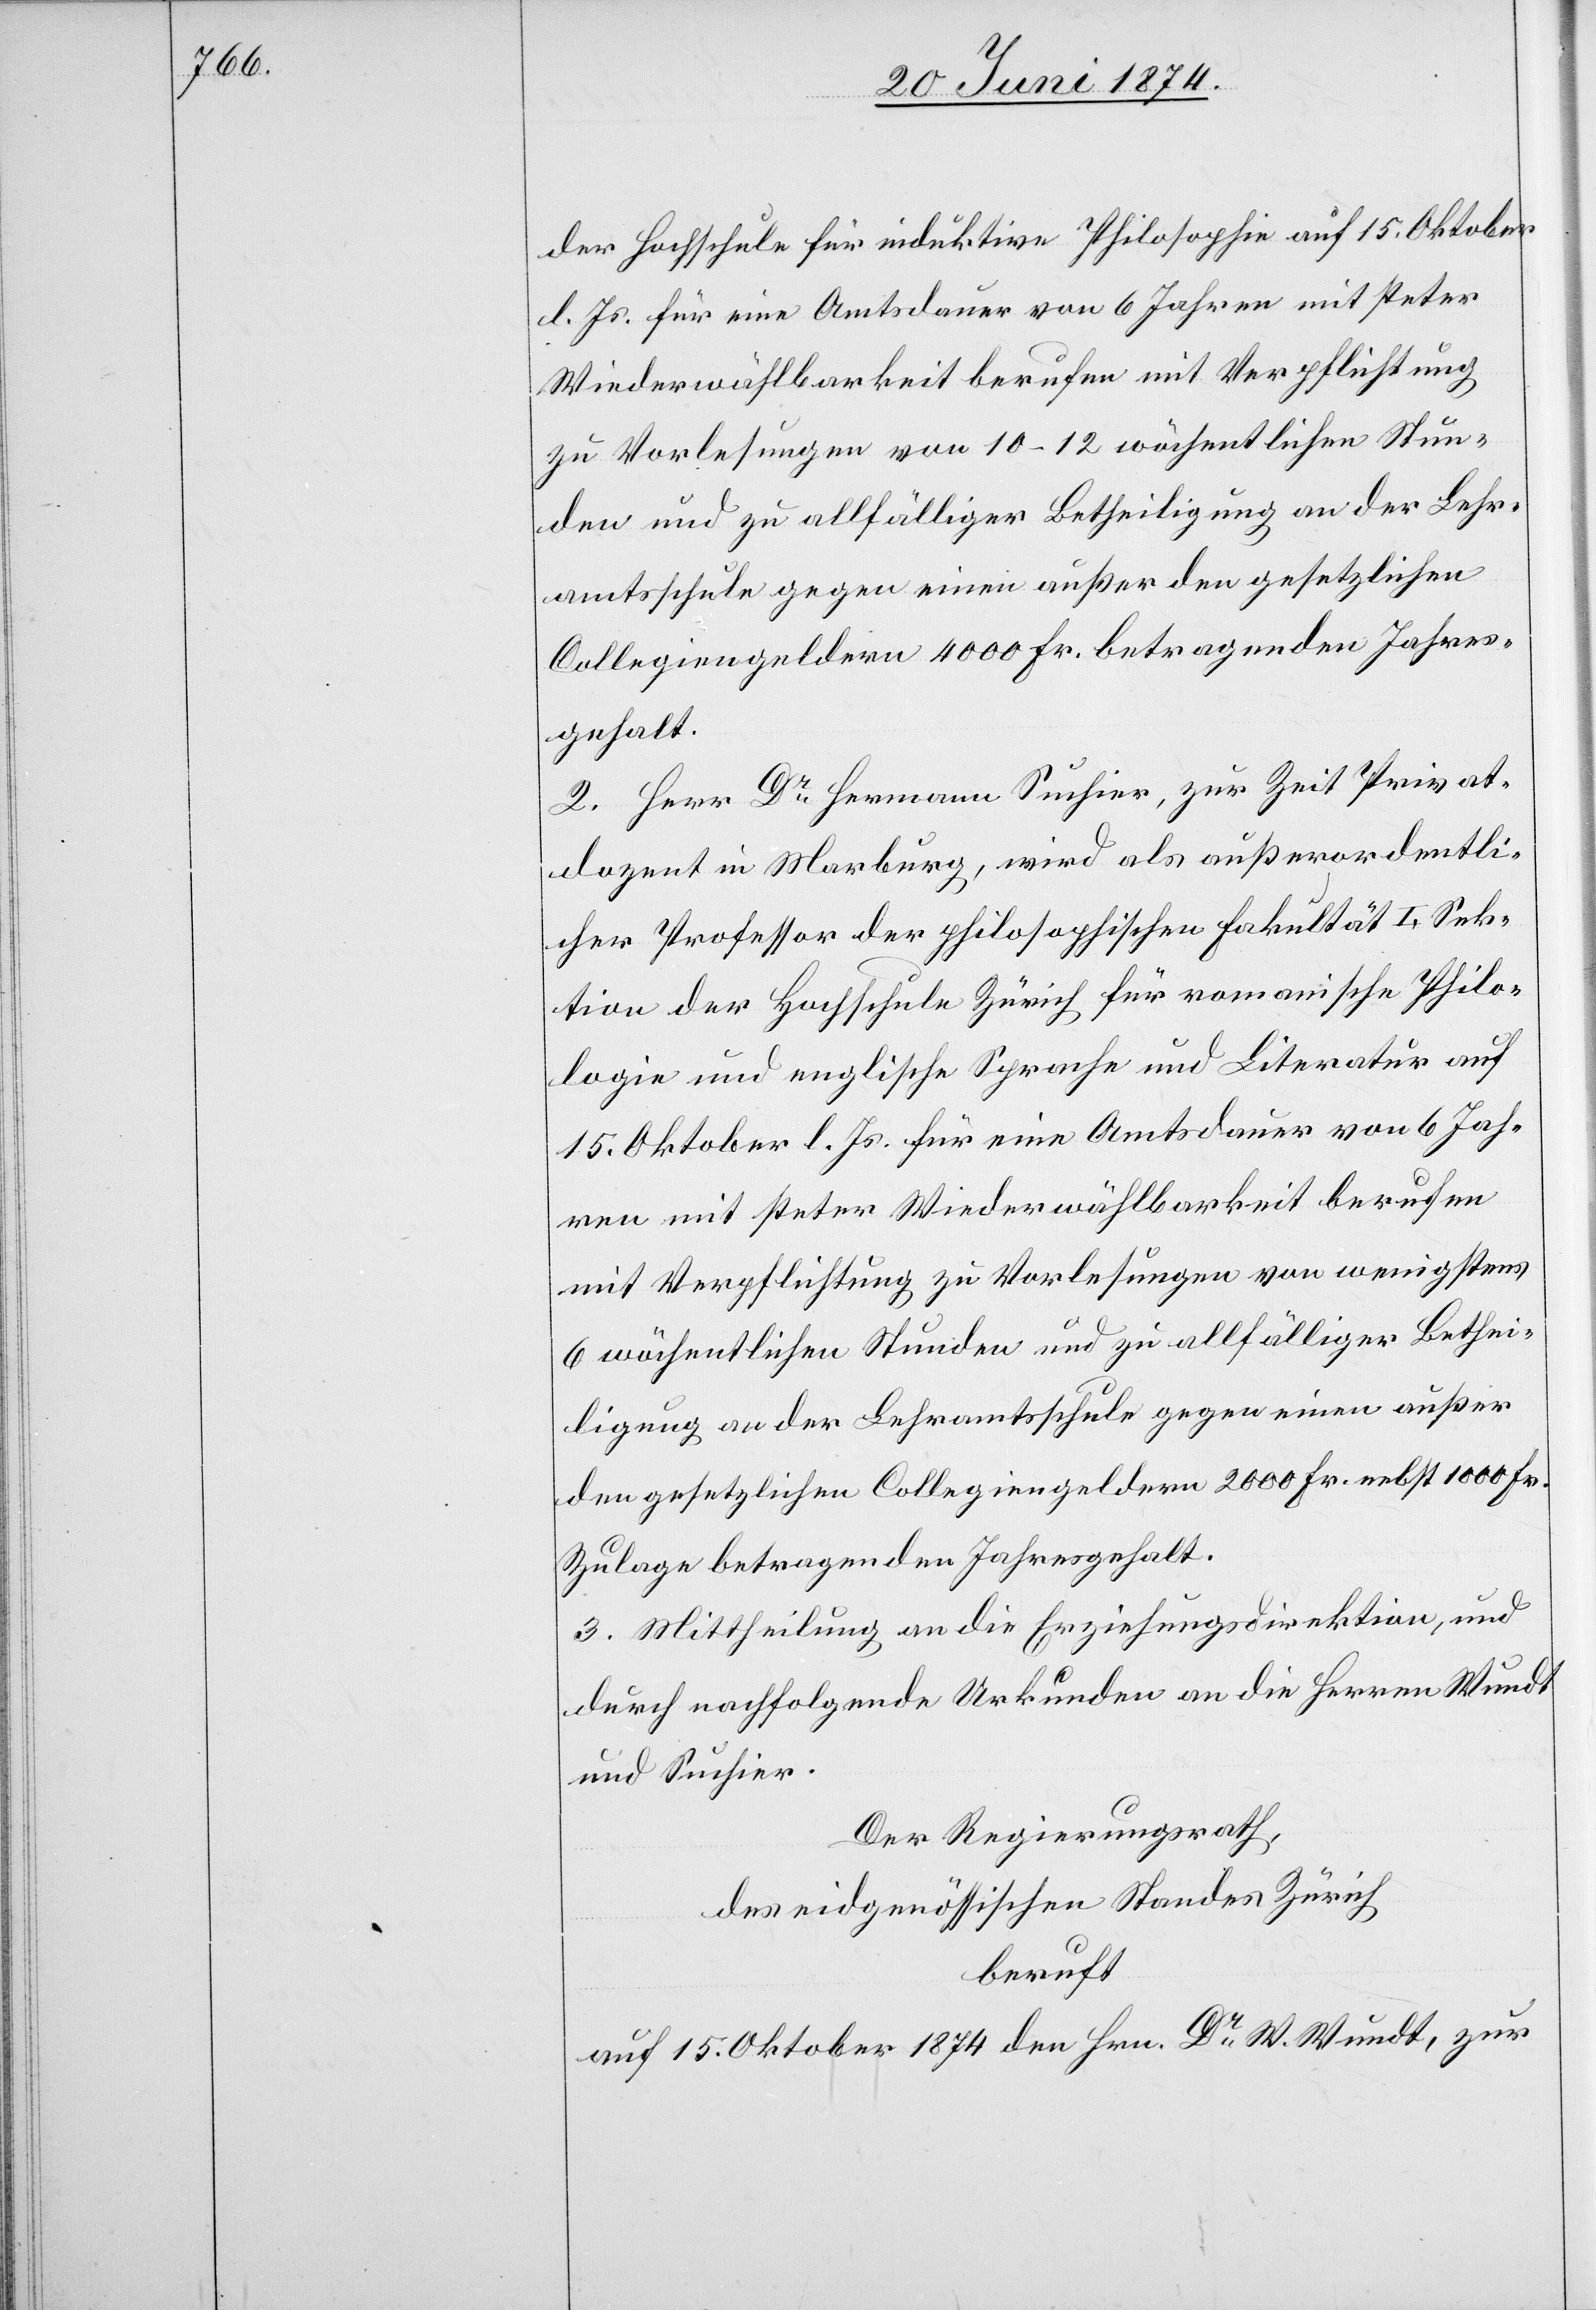
der Hochschule für induktive Philosophie auf 15. Oktober
d. Js. für eine Amtsdauer von 6 Jahren mit steter
Wiederwählbarkeit berufen mit Verpflichtung
zu Vorlesungen von 10–12 wöchentlichen Stun¬
den und zu allfälliger Betheiligung an der Lehr¬
amtsschule gegen einen außer den gesetzlichen
Collegiengeldern 4000 Fr. Betrag an den Jahres¬
gehalt.
2. Herr Dr Hermann Suchier, zur Zeit Privat¬
dozent in Marburg, wird als außerordentli¬
cher Professor der philosophischen Fakultät I. Sek¬
tion der Hochschule Zürich für romanische Philo¬
logie und englische Sprache und Literatur auf
15. Oktober l. Js. für eine Amtsdauer von 6 Jah¬
ren mit steter Wiederwählbarkeit berufen
mit Verpflichtung zu Vorlesungen von wenigstens
6 wöchentlichen Stunden und zu allfälliger Bethei¬
ligung an der Lehramtsschule gegen einen außer
den gesetzlichen Collegiengeldern 2000 Fr. nebst 1000 Fr.
Zulage betragenden Jahresgehalt.
3. Mittheilung an die Erziehungsdirektion, und
durch nachfolgende Urkunden an die Herren Wundt
und Suchier.
Der Regierungsrath,
des eidgenössischen Standes Zürich
beruft
auf 15. Oktober 1874 den Hrn. Dr W. Wundt, zur